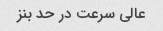
عالی سرعت در حد بنز